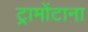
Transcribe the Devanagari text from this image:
ट्रामोंटाना